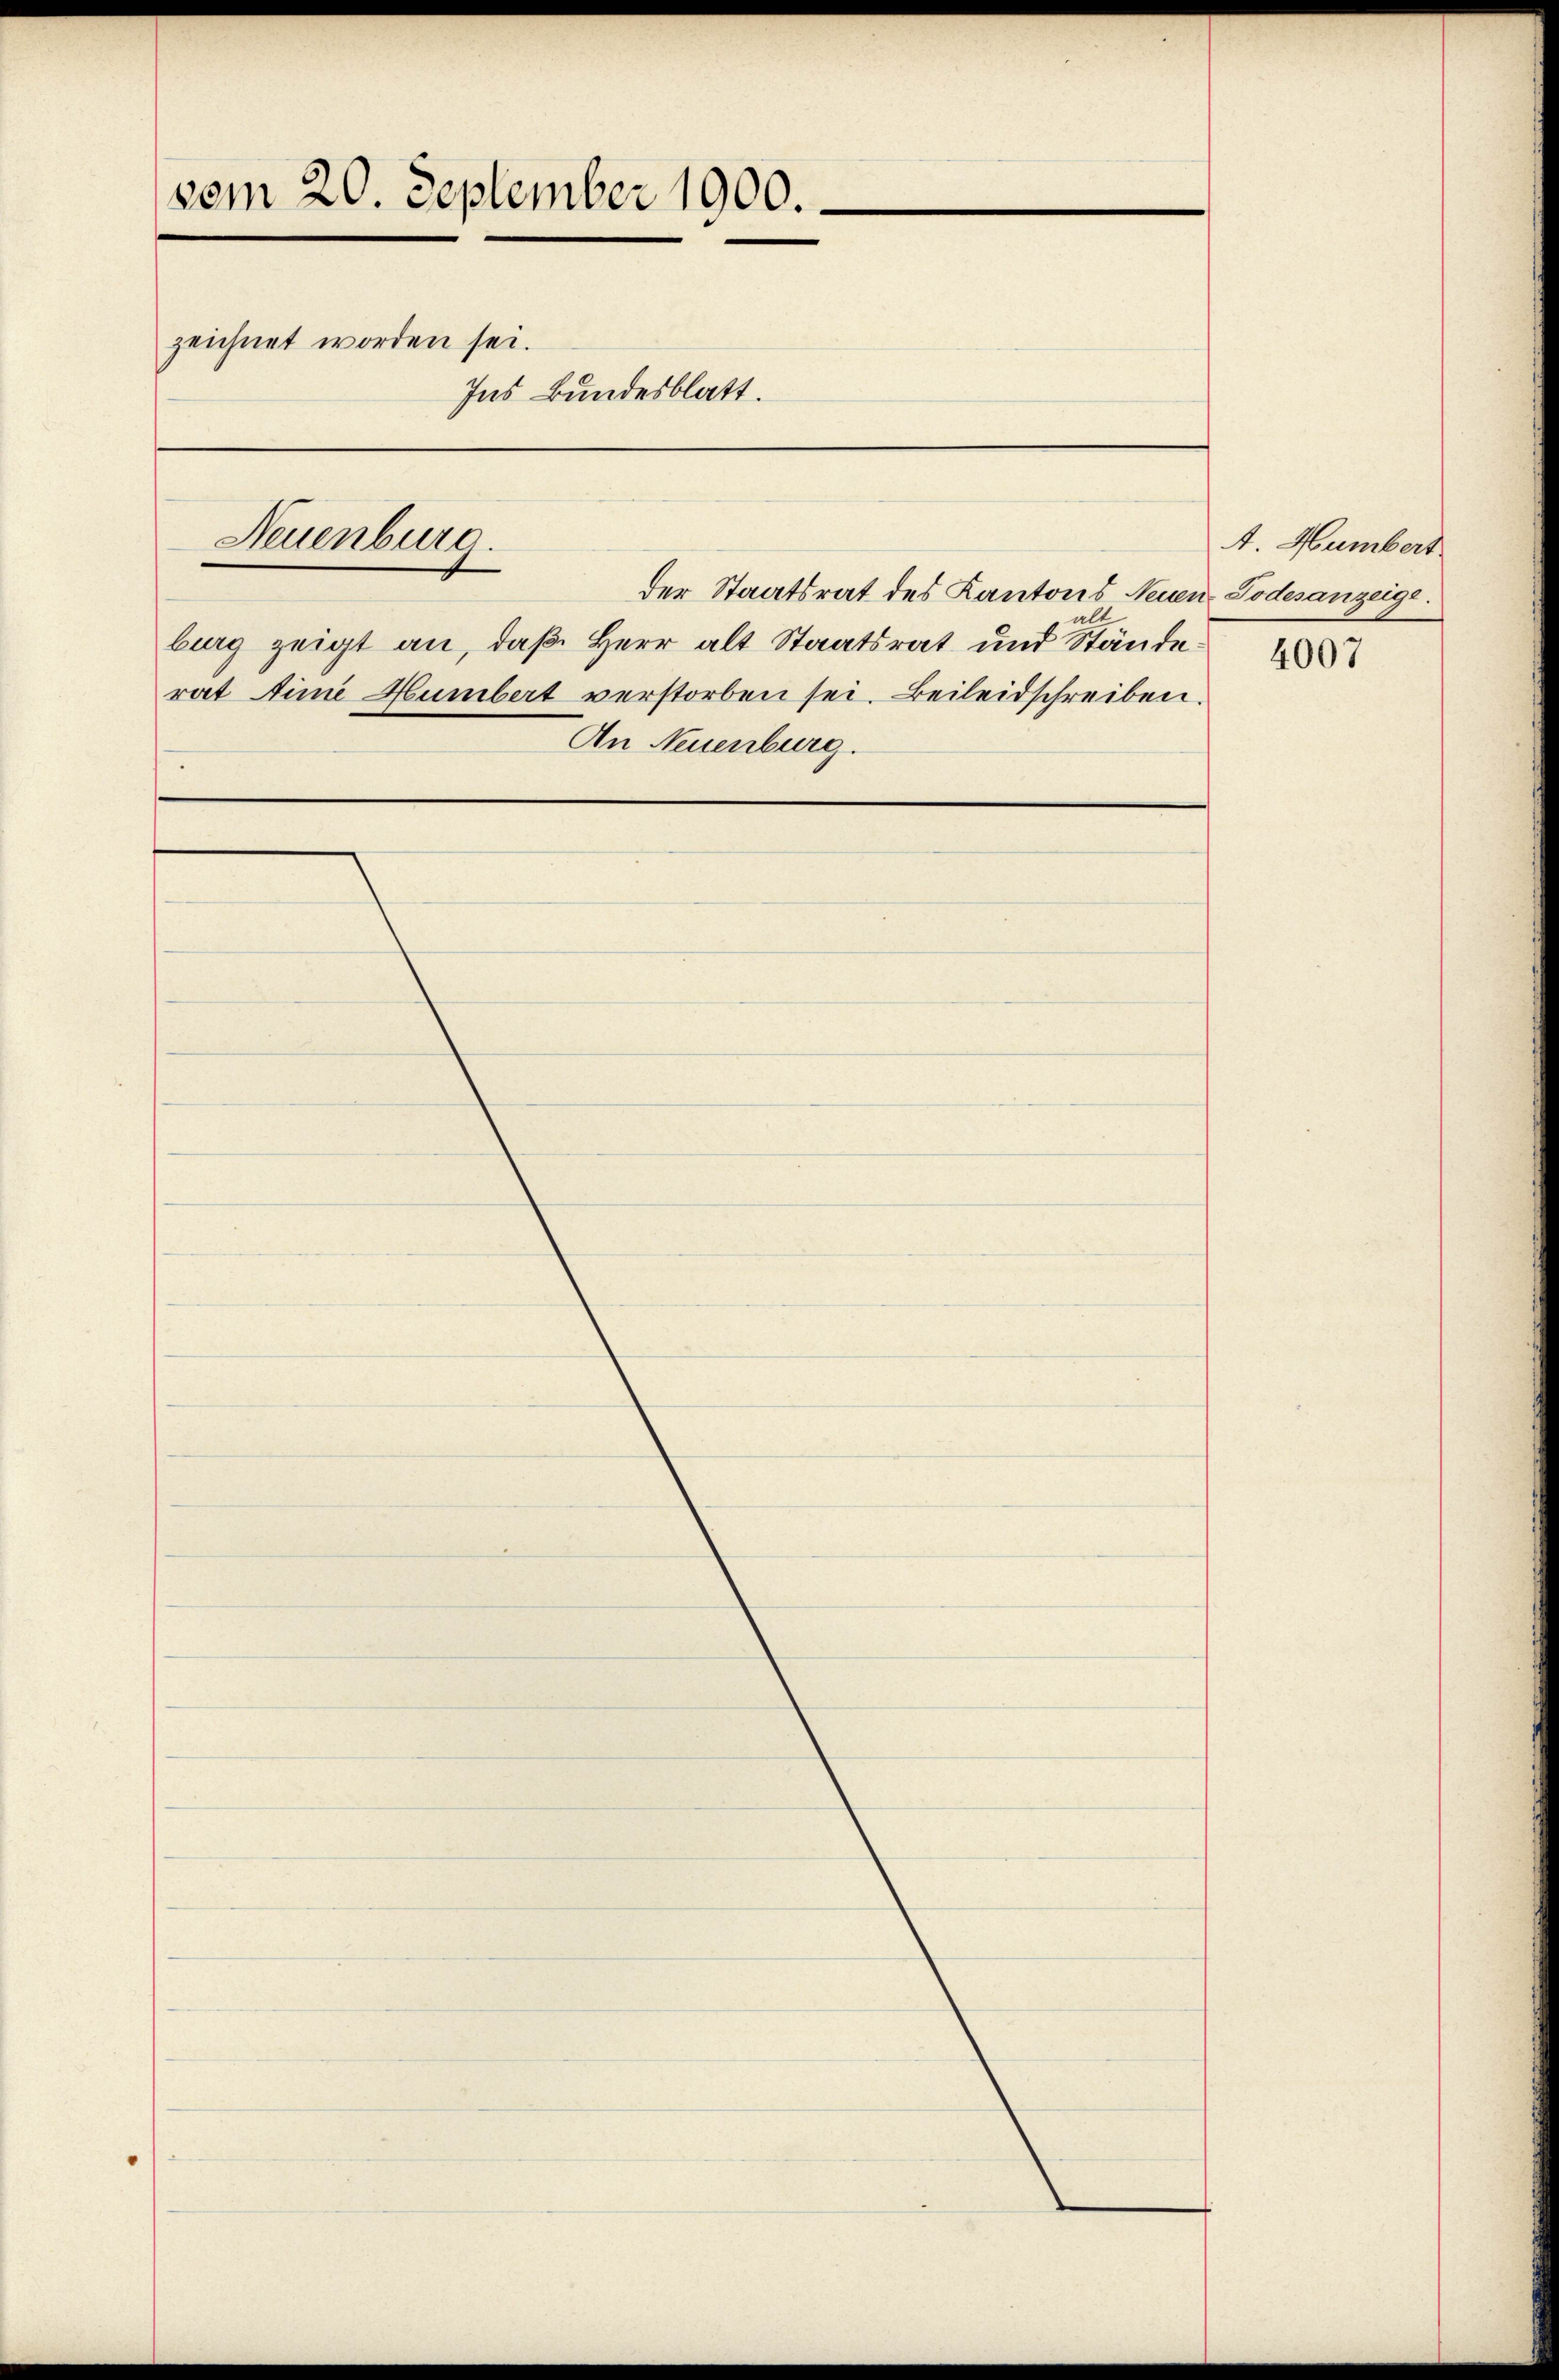
vom 20. September 1900.
zeichnet worden sei.
Ins Bundesblatt.

Neuenburg.

der Staatsrat des Kantons Neuen Todesanzeige.
alt
burg zeigt an, daß Herr alt Staatsrat und Ständerat Sime Humbert verstorben sei. Beileidschreiben.
An Neuenburg.

A. Humbert

4007